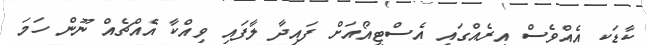
ކާޑަކީ އެއްވެސް އިރެއްގައި އެސްޓީއޯއަށް ފައިދާ ލާފައި ވިއްކާ އެއްޗެއް ނޫން ހަމަ